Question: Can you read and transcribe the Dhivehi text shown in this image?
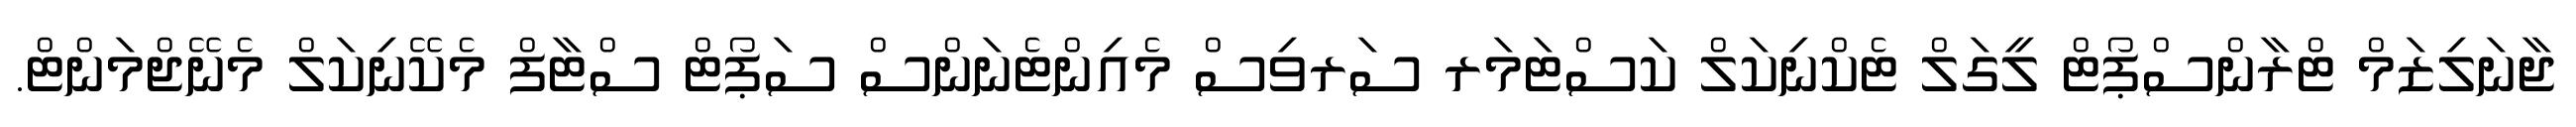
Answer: ޖާނަލިޒަމް ޓްރާންސްޕޯޓް ލީގަލް ޓެކްނިކަލް ކަސްޓަމަރ ސަރވިސް މެއިންޓެނަންސް ސަޕޯޓް ސްޓާފް މެކޭނިކަލް މެނޭޖްމަންޓް.